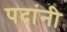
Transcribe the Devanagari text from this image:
पदांनी